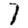
Digit: 7